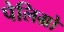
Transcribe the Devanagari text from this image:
पेलिग्रो